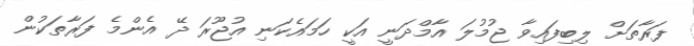
ފަރާތަށް ލިބިފައިވާ ޖުމުލަ އާމްދަނީ އަކީ ހަމައެކަނި އުޖޫރަ ދޭ އެންމެ ފަރާތަކުން